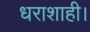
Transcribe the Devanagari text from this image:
धराशाही।